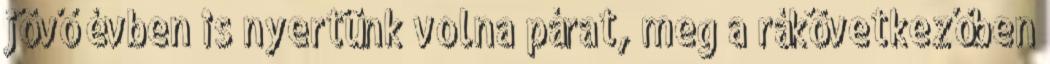
jövő évben is nyertünk volna párat, meg a rákövetkezőben